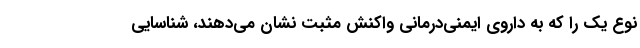
نوع یک را که به داروی ایمنی‌درمانی واکنش مثبت نشان می‌دهند، شناسایی